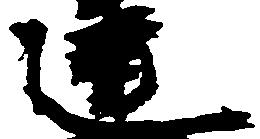
連